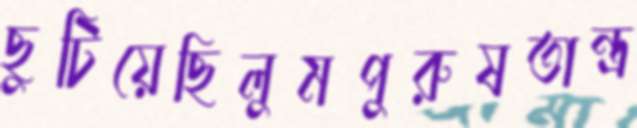
ছুটিয়েছিলুমপুরুষতান্ত্র